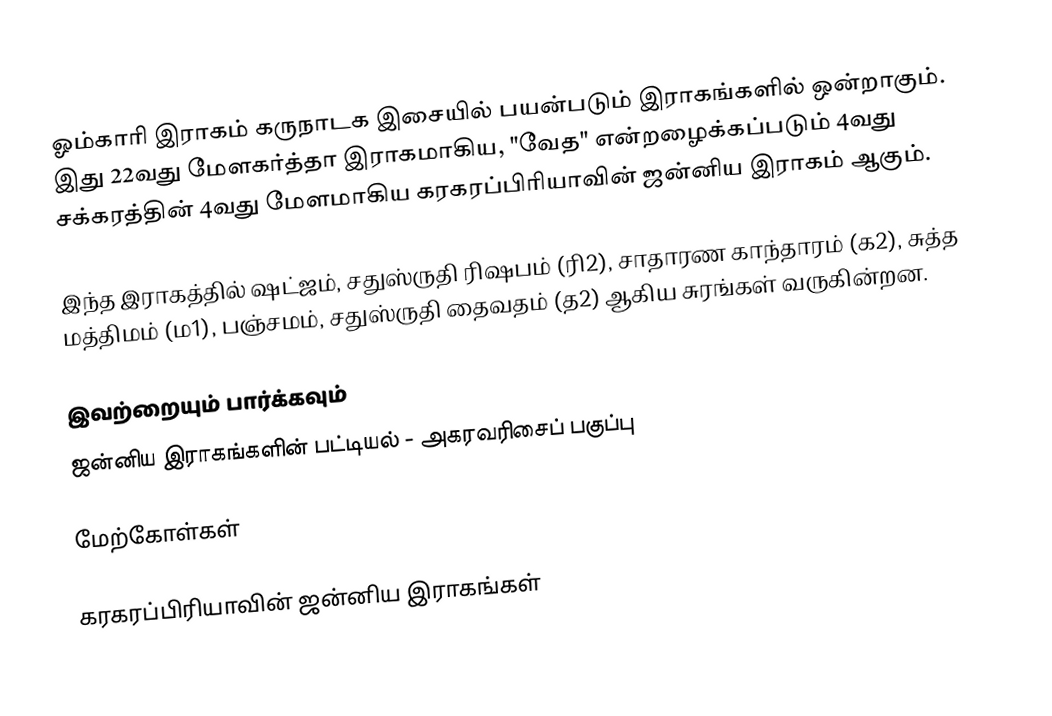
ஓம்காரி இராகம் கருநாடக இசையில் பயன்படும் இராகங்களில் ஒன்றாகும். இது 22வது மேளகர்த்தா இராகமாகிய, "வேத" என்றழைக்கப்படும் 4வது சக்கரத்தின் 4வது மேளமாகிய கரகரப்பிரியாவின் ஜன்னிய இராகம் ஆகும்.

இந்த இராகத்தில் ஷட்ஜம், சதுஸ்ருதி ரிஷபம் (ரி2),  சாதாரண காந்தாரம் (க2), சுத்த மத்திமம் (ம1), பஞ்சமம்,  சதுஸ்ருதி தைவதம் (த2)  ஆகிய சுரங்கள் வருகின்றன.

இவற்றையும் பார்க்கவும்
 ஜன்னிய இராகங்களின் பட்டியல் - அகரவரிசைப் பகுப்பு

மேற்கோள்கள்

கரகரப்பிரியாவின் ஜன்னிய இராகங்கள்